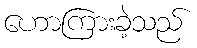
ဟောကြားခဲ့သည်